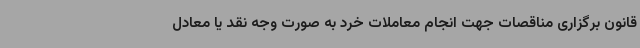
قانون برگزاری مناقصات جهت انجام معاملات خرد به صورت وجه نقد یا معادل